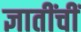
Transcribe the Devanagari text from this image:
ज्ञातींचीं